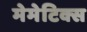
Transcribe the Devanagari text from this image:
मेमेटिक्स